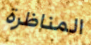
المناظرة